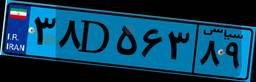
۷۲D۵۷۵۷۵